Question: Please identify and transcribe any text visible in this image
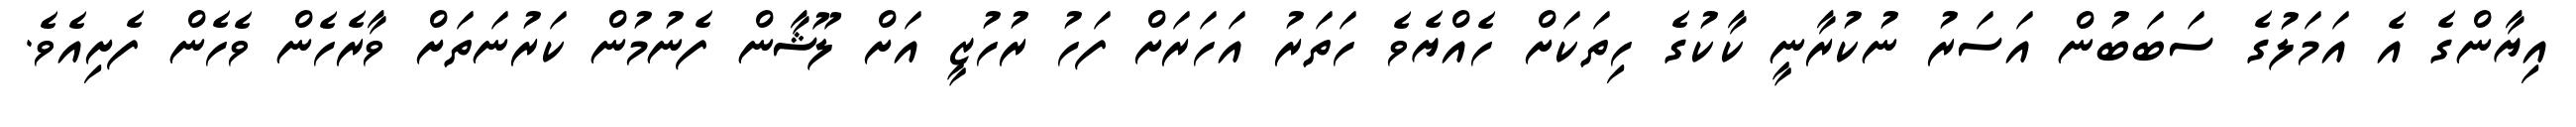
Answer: އިޔާންގެ އެ އަމަލުގެ ސަބަބުން އަސަރު ނުކުރާނީ ކާކުގެ ހިތަކަށް ހެއްޔެވެ ހަތަރު އަހަރަށް ފަހު ރުހުޒީ އަށް ލޫޝާން ފެނުމުން ކަރުނަތަށް ވާރެހެން ވެހެން ފެށިއެވެ.